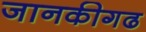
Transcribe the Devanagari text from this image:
जानकीगढ